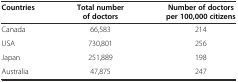
<table><thead><tr><td><b>Countries</b></td><td><b>Total number of doctors</b></td><td><b>Number of doctors per 100,000 citizens</b></td></tr></thead><tbody><tr><td>Canada</td><td>66,583</td><td>214</td></tr><tr><td>USA</td><td>730,801</td><td>256</td></tr><tr><td>Japan</td><td>251,889</td><td>198</td></tr><tr><td>Australia</td><td>47,875</td><td>247</td></tr></tbody></table>